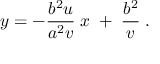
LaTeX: \ y = - { \frac { b ^ { 2 } u } { a ^ { 2 } v } } \; x \; + \; { \frac { b ^ { 2 } } { v } } \; .